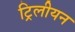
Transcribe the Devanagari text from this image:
ट्रिलीयन